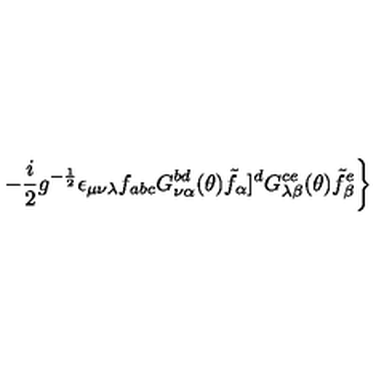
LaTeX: \left. - \frac { i } { 2 } g ^ { - \frac { 1 } { 2 } } \epsilon _ { \mu \nu \lambda } f _ { a b c } G _ { \nu \alpha } ^ { b d } ( \theta ) { \tilde { f } } _ { \alpha } ] ^ { d } G _ { \lambda \beta } ^ { c e } ( \theta ) { \tilde { f } } _ { \beta } ^ { e } \right\}